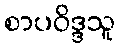
စာပဝိဒ္ဒသူ